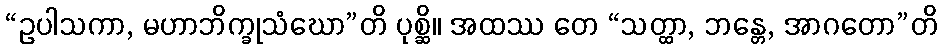
“ဥပါသကာ, မဟာဘိက္ခုသံဃော”တိ ပုစ္ဆိ။ အထဿ တေ “သတ္ထာ, ဘန္တေ, အာဂတော”တိ